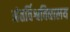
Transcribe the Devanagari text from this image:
अंतर्विश्वविद्यालय